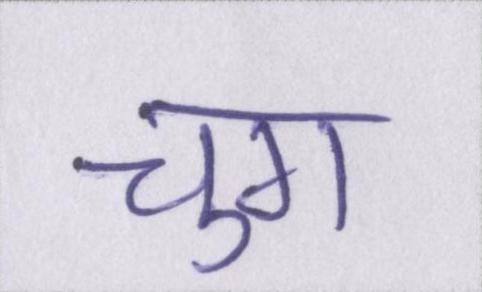
चुग